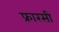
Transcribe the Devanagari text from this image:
फ्रारसी